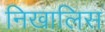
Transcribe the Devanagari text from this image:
निखालिस